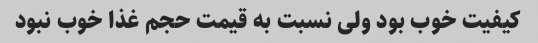
کیفیت خوب بود ولی نسبت به قیمت حجم غذا خوب نبود